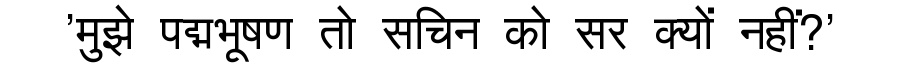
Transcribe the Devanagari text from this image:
'मुझे पद्मभूषण तो सचिन को सर क्यों नहीं?'